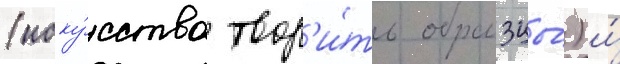
(иску́сство твор'и́ть образцы́) и́